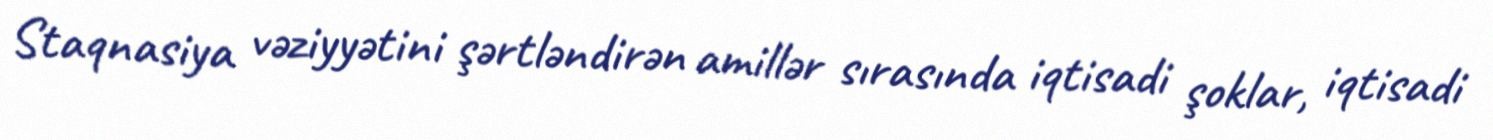
Staqnasiya vəziyyətini şərtləndirən amillər sırasında iqtisadi şoklar, iqtisadi